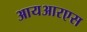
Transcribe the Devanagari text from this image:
आयआरएस